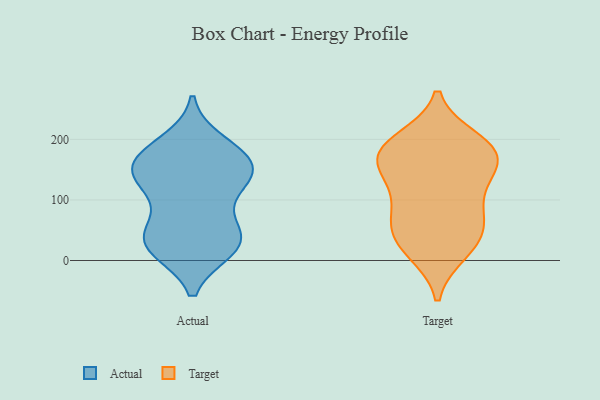
{"axis": {"x": "Energy Usage (MWh)", "y": "Value"}, "legend": ["Actual", "Target"], "data": [{"x": "", "y": 183, "type": "Actual"}, {"x": "", "y": 157, "type": "Actual"}, {"x": "", "y": 194, "type": "Actual"}, {"x": "", "y": 163, "type": "Actual"}, {"x": "", "y": 130, "type": "Actual"}, {"x": "", "y": 24, "type": "Actual"}, {"x": "", "y": 58, "type": "Actual"}, {"x": "", "y": 114, "type": "Actual"}, {"x": "", "y": 21, "type": "Actual"}, {"x": "", "y": 47, "type": "Actual"}, {"x": "", "y": 169, "type": "Actual"}, {"x": "", "y": 25, "type": "Actual"}, {"x": "", "y": 130, "type": "Actual"}, {"x": "", "y": 137, "type": "Actual"}, {"x": "", "y": 19, "type": "Actual"}, {"x": "", "y": 42, "type": "Actual"}, {"x": "", "y": 154, "type": "Actual"}, {"x": "", "y": 14, "type": "Target"}, {"x": "", "y": 184, "type": "Target"}, {"x": "", "y": 43, "type": "Target"}, {"x": "", "y": 62, "type": "Target"}, {"x": "", "y": 93, "type": "Target"}, {"x": "", "y": 176, "type": "Target"}, {"x": "", "y": 167, "type": "Target"}, {"x": "", "y": 17, "type": "Target"}, {"x": "", "y": 124, "type": "Target"}, {"x": "", "y": 76, "type": "Target"}, {"x": "", "y": 194, "type": "Target"}, {"x": "", "y": 135, "type": "Target"}, {"x": "", "y": 173, "type": "Target"}, {"x": "", "y": 199, "type": "Target"}, {"x": "", "y": 46, "type": "Target"}, {"x": "", "y": 157, "type": "Target"}]}